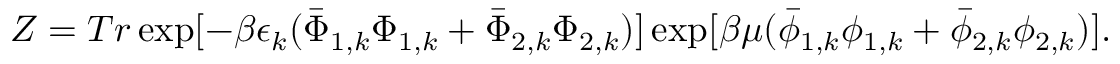
Z = T r \exp [ - \beta \epsilon _ { k } ( \bar { \Phi } _ { 1 , k } \Phi _ { 1 , k } + \bar { \Phi } _ { 2 , k } \Phi _ { 2 , k } ) ] \exp [ \beta \mu ( \bar { \phi } _ { 1 , k } \phi _ { 1 , k } + \bar { \phi } _ { 2 , k } \phi _ { 2 , k } ) ] .